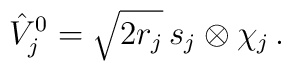
\hat V^0_j = \sqrt{2r_j} \,s_j \otimes \chi_j  \, .